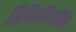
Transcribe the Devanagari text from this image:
शिविरनिर्धारित